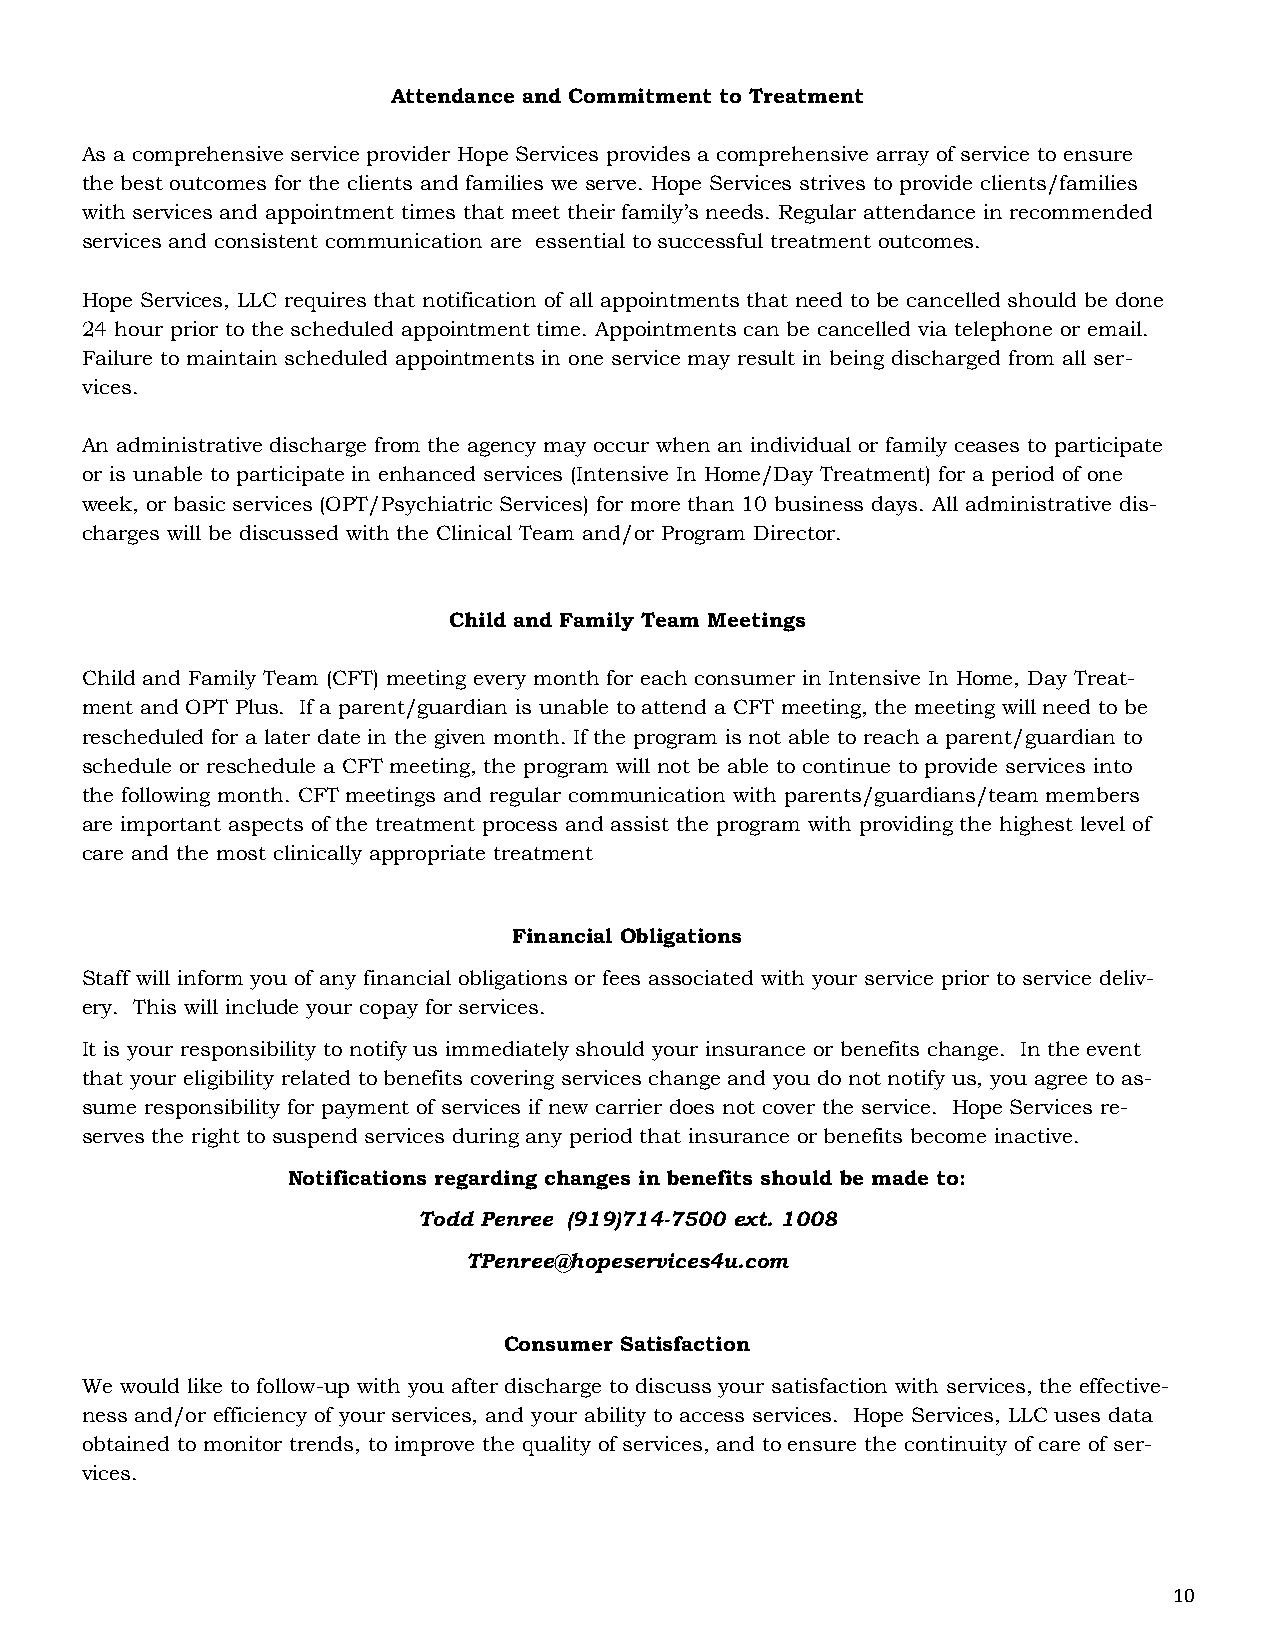
Attendance and Commitment to Treatment
 As a comprehensive service provider Hope Services provides a comprehensive array of service to ensure
 the best outcomes for the clients and families we serve. Hope Services strives to provide clients/families
 with services and appointment times that meet their family’s needs. Regular attendance in recommended
 services and consistent communication are essential to successful treatment outcomes.
 Hope Services, LLC requires that notification of all appointments that need to be cancelled should be done
 24 hour prior to the scheduled appointment time. Appointments can be cancelled via telephone or email.
 Failure to maintain scheduled appointments in one service may result in being discharged from all ser-
 vices.
 An administrative discharge from the agency may occur when an individual or family ceases to participate
 or is unable to participate in enhanced services (Intensive In Home/Day Treatment) for a period of one
 week, or basic services (OPT/Psychiatric Services) for more than 10 business days. All administrative dis-
 charges will be discussed with the Clinical Team and/or Program Director.
 Child and Family Team Meetings
 Child and Family Team (CFT) meeting every month for each consumer in Intensive In Home, Day Treat-
 ment and OPT Plus. If a parent/guardian is unable to attend a CFT meeting, the meeting will need to be
 rescheduled for a later date in the given month. If the program is not able to reach a parent/guardian to
 schedule or reschedule a CFT meeting, the program will not be able to continue to provide services into
 the following month. CFT meetings and regular communication with parents/guardians/team members
 are important aspects of the treatment process and assist the program with providing the highest level of
 care and the most clinically appropriate treatment
 Financial Obligations
 Staff will inform you of any financial obligations or fees associated with your service prior to service deliv-
 ery. This will include your copay for services.
 It is your responsibility to notify us immediately should your insurance or benefits change. In the event
 that your eligibility related to benefits covering services change and you do not notify us, you agree to as-
 sume responsibility for payment of services if new carrier does not cover the service. Hope Services re-
 serves the right to suspend services during any period that insurance or benefits become inactive.
 Notifications regarding changes in benefits should be made to:
 Todd Penree (919)714-7500 ext. 1008
 TPenree@hopeservices4u.com
 Consumer Satisfaction
 We would like to follow-up with you after discharge to discuss your satisfaction with services, the effective-
 ness and/or efficiency of your services, and your ability to access services. Hope Services, LLC uses data
 obtained to monitor trends, to improve the quality of services, and to ensure the continuity of care of ser-
 vices.
 10